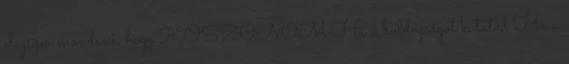
elégszer mondani, hogy.KÖSZÖNÖM Ha a boldogságot kutatod Ha a